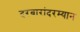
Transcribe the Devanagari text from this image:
दरबारांदरम्यान